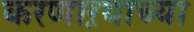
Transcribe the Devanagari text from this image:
करणाऱयाच्या